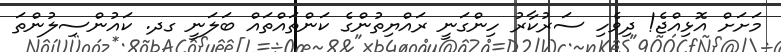
މަށަށް އޮޅިއްޖެ! ދިވެހި ސަރުކާރު ހިންގަނީ ރައްޔިތުންގެ ކަންތައްތައް ބަލަނީ ގދ. ކައުންސިލުންތަ